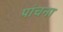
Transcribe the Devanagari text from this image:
पांचना